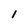
Character: 1